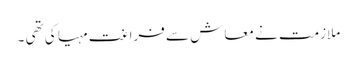
ملازمت نے معاش سے فراغت مہیا کی تھی ۔